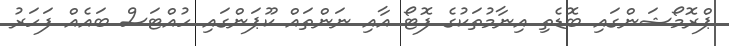
ޕްރޮމޯޝަންގައި ބޮޑެތި އިނާމުތަކުގެ ފޮޓޯ އާއި ނަންތައް ކޫޕަންގައި ހުއްޓަސް ބައެއް ފަހަރު